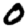
Digit: 0